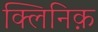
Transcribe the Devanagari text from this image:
क्लिनिक़